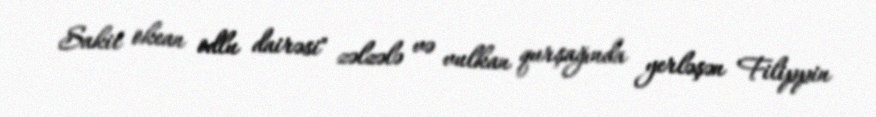
Sakit okean odlu dairəsi" zəlzələ və vulkan qurşağında yerləşən Filippin